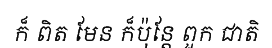
ក៏ ពិត មែន ក៏ប៉ុន្តែ ពួក ជាតិ